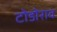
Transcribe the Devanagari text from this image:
टोडोराव